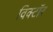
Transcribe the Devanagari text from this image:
विक्टॉर